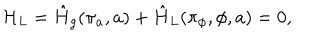
LaTeX: { \cal H } _ { L } = \hat { H } _ { g } ( \pi _ { a } , a ) + \hat { H } _ { L } ( \pi _ { \phi } , \phi , a ) = 0 ,